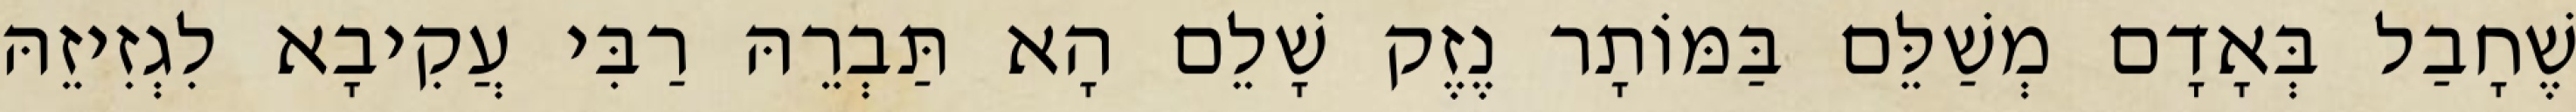
שֶׁחָבַל בְּאָדָם מְשַׁלֵּם בַּמּוֹתָר נֶזֶק שָׁלֵם הָא תַּבְרֵהּ רַבִּי עֲקִיבָא לִגְזִיזֵהּ